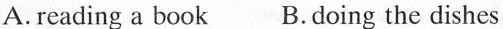
A.reading a book B.doing the dishes